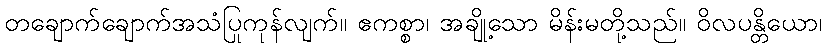
တချောက်ချောက်အသံပြုကုန်လျက်။ ဧကစ္စာ၊ အချို့သော မိန်းမတို့သည်။ ဝိလပန္တိယော၊